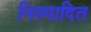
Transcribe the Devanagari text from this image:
निस्पादित